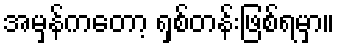
အမှန်ကတော့ ရှစ်တန်းဖြစ်ရမှာ။